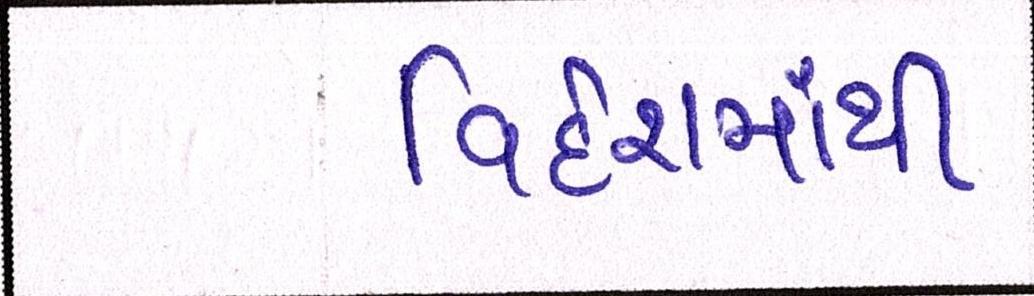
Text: વિદેશમાંથી